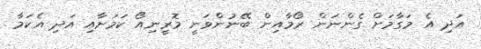
އަދި އެ މަގާމަށް ގެންނަން ރޯމާއިން ބޭނުންވަނީ މޮރީނިއޯ ކަމަށާއި އަދި އެކަމާ